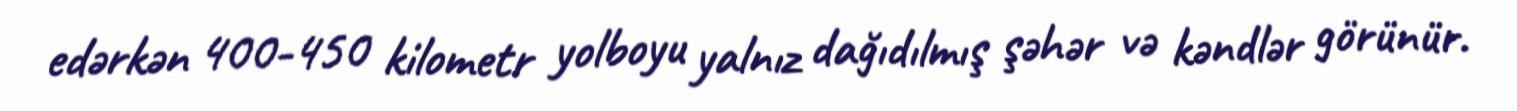
edərkən 400-450 kilometr yolboyu yalnız dağıdılmış şəhər və kəndlər görünür.